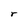
Character: r